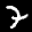
Label: 7